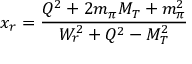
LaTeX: x _ { r } = \frac { Q ^ { 2 } + 2 m _ { \pi } M _ { T } + m _ { \pi } ^ { 2 } } { W _ { r } ^ { 2 } + Q ^ { 2 } - M _ { T } ^ { 2 } }